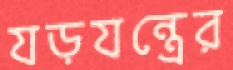
যড়যন্ত্রের